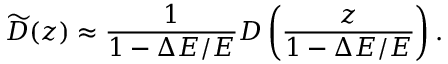
\widetilde { D } ( z ) \approx \frac { 1 } { 1 - \Delta E / E } D \left( \frac { z } { 1 - \Delta E / E } \right) .